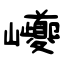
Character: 巙